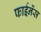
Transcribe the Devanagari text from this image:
फाईनेंस